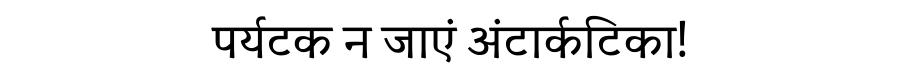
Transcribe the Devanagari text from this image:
पर्यटक न जाएं अंटार्कटिका!